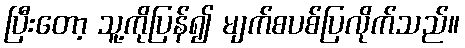
ပြီးတော့ သူ့ကိုပြန်၍ မျက်စပစ်ပြလိုက်သည်။